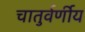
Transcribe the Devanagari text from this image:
चातुर्वर्णीय